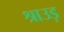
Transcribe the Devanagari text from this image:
श्राउड़